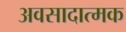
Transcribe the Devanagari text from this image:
अवसादात्मक